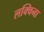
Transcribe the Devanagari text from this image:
लक्विना